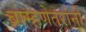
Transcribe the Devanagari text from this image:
ब्राम्हणेतरांनी